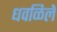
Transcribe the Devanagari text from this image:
धवळिलें